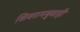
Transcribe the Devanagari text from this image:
शिवरामबुवाही